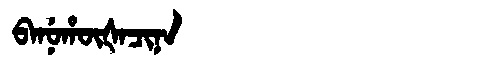
Manchu: ᠪᠠᠨᡠᡥᡡᡧᠠᠴᡳᠨᠠ
Romanization: BANUHŪŠACINA